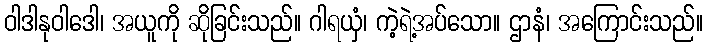
ဝါဒါနုဝါဒေါ၊ အယူကို ဆိုခြင်းသည်။ ဂါရယှံ၊ ကဲ့ရဲ့အပ်သော။ ဌာနံ၊ အကြောင်းသည်။